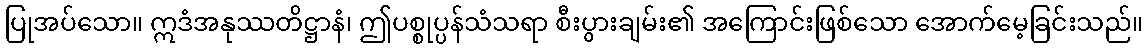
ပြုအပ်သော။ ဣဒံအနုဿတိဋ္ဌာနံ၊ ဤပစ္စုပ္ပန်သံသရာ စီးပွားချမ်း၏ အကြောင်းဖြစ်သော အောက်မေ့ခြင်းသည်။